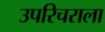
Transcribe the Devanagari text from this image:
उपरिचराला